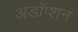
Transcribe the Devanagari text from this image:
अडॉप्शन